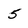
Character: 5